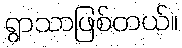
ရွာသာဖြစ်တယ်။